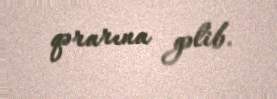
qərarına gəlib.